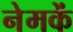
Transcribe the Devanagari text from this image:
नेमकें